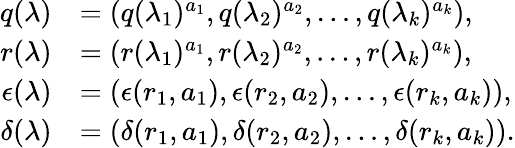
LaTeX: \begin{array}{rl}{q(\lambda)}&{=(q(\lambda_{1})^{a_{1}},q(\lambda_{2})^{a_{2}},\dots,q(\lambda_{k})^{a_{k}}),}\\ {r(\lambda)}&{=(r(\lambda_{1})^{a_{1}},r(\lambda_{2})^{a_{2}},\dots,r(\lambda_{k})^{a_{k}}),}\\ {\epsilon(\lambda)}&{=(\epsilon(r_{1},a_{1}),\epsilon(r_{2},a_{2}),\dots,\epsilon(r_{k},a_{k})),}\\ {\delta(\lambda)}&{=(\delta(r_{1},a_{1}),\delta(r_{2},a_{2}),\dots,\delta(r_{k},a_{k})).}\end{array}